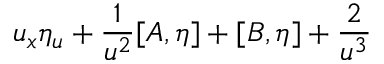
u _ { x } \eta _ { u } + \frac { 1 } { u ^ { 2 } } [ A , \eta ] + [ B , \eta ] + \frac { 2 } { u ^ { 3 } }